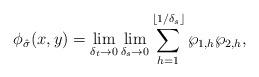
LaTeX: \begin{align*} \phi_{\hat \sigma}(x,y) = \lim_{\delta_t \rightarrow 0} \lim_{\delta_s \rightarrow 0} \sum_{h = 1}^{\lfloor 1/ \delta_s \rfloor} \wp_{1,h} \wp_{2,h},\end{align*}